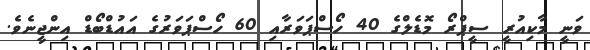
ވަނީ މާކިއުރީ ސީޕްރޯ މޮޑެލްގެ 40 ހޯސްޕަވަރާއި 60 ހޯސްޕަވަރުގެ އައުޑްބޯޑް އިންޖީނެވެ.